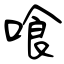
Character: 喰